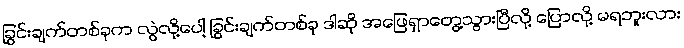
ခြွင်းချက်တစ်ခုက လွဲလို့ပေါ့ ခြွင်းချက်တစ်ခု ဒါဆို အဖြေရှာတွေ့သွားပြီလို့ ပြောလို့ မရဘူးလား